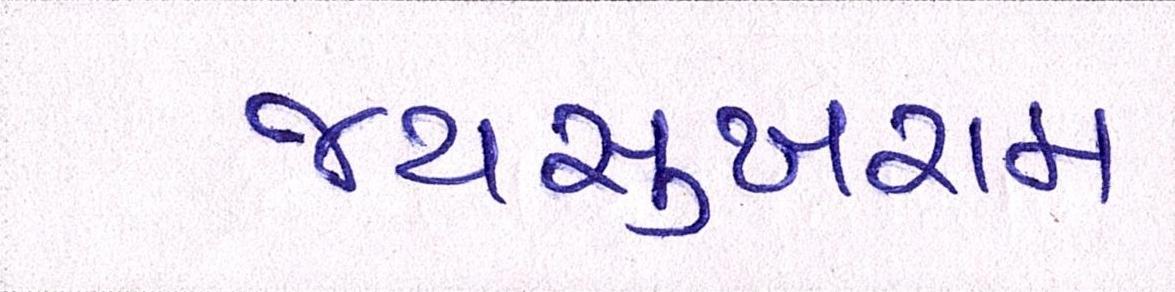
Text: જયસુખરામ